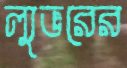
ল্যুভরের